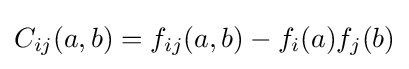
C_{ij}(a,b)=f_{ij}(a,b)-f_{i}(a)f_{j}(b)